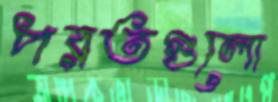
পরতগুলো